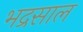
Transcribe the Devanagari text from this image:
भद्रसाल